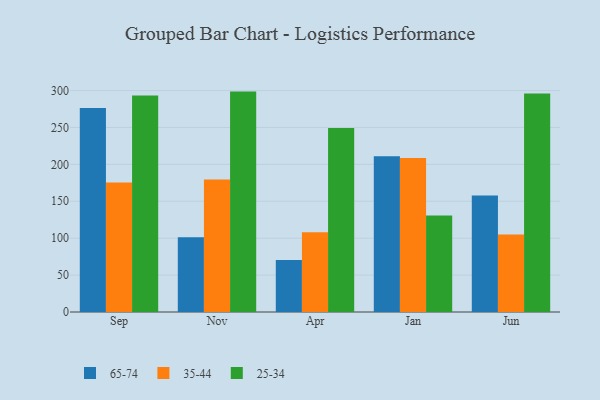
{"axis": {"x": "Month", "y": "Customer Acquisition Cost (USD)"}, "legend": ["25-34", "35-44", "65-74"], "data": [{"x": "Sep", "y": 276.3, "type": "65-74"}, {"x": "Sep", "y": 175.6, "type": "35-44"}, {"x": "Sep", "y": 293.2, "type": "25-34"}, {"x": "Nov", "y": 101.2, "type": "65-74"}, {"x": "Nov", "y": 179.4, "type": "35-44"}, {"x": "Nov", "y": 298.6, "type": "25-34"}, {"x": "Apr", "y": 70.5, "type": "65-74"}, {"x": "Apr", "y": 108.1, "type": "35-44"}, {"x": "Apr", "y": 249.2, "type": "25-34"}, {"x": "Jan", "y": 211.1, "type": "65-74"}, {"x": "Jan", "y": 208.7, "type": "35-44"}, {"x": "Jan", "y": 130.7, "type": "25-34"}, {"x": "Jun", "y": 157.7, "type": "65-74"}, {"x": "Jun", "y": 104.9, "type": "35-44"}, {"x": "Jun", "y": 296.0, "type": "25-34"}]}